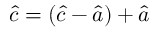
{ \hat { c } } = ( { \hat { c } } - { \hat { a } } ) + { \hat { a } }